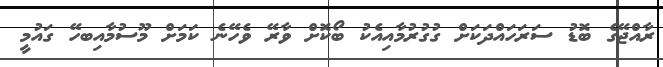
ރާއްޖޭގެ ބޮޑު ސަރަހައްދަކަށް ގުގުރުމާއިއެކު ބޯކޮށް ވާރޭ ވެހޭނެ ކަމަށް މޫސުމާއިބހޭ ގައުމީ